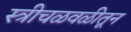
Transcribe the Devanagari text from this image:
स्त्रीचळवळीतून